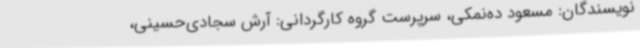
نویسندگان: مسعود ده‌نمکی، سرپرست گروه کارگردانی:‌ آرش سجادی‌حسینی،